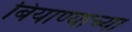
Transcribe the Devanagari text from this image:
बियाण्याच्या